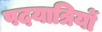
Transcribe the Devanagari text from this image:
पदयात्रियों